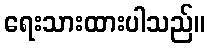
ရေးသားထားပါသည်။